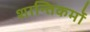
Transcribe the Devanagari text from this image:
शान्तिकर्मों